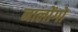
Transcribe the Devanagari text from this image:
नालोंगो